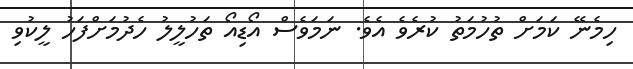
ހިމެނޭ ކަމަށް ތުހުމަތު ކުރެވެ އެވެ. ނަމަވެސް އޯޑިއޯ ތަހުލީލު ހެދުމަށްފަހު ލީކުވި